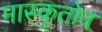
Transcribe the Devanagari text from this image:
मास्कुतोव